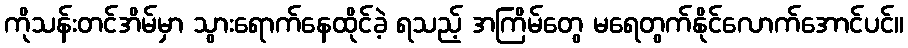
ကိုသန်းတင်အိမ်မှာ သွားရောက်နေထိုင်ခဲ့ ရသည့် အကြိမ်တွေ မရေတွက်နိုင်လောက်အောင်ပင်။